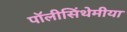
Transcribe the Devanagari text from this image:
पॉलीसिंथेमीया